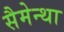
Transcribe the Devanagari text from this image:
सैमेन्था